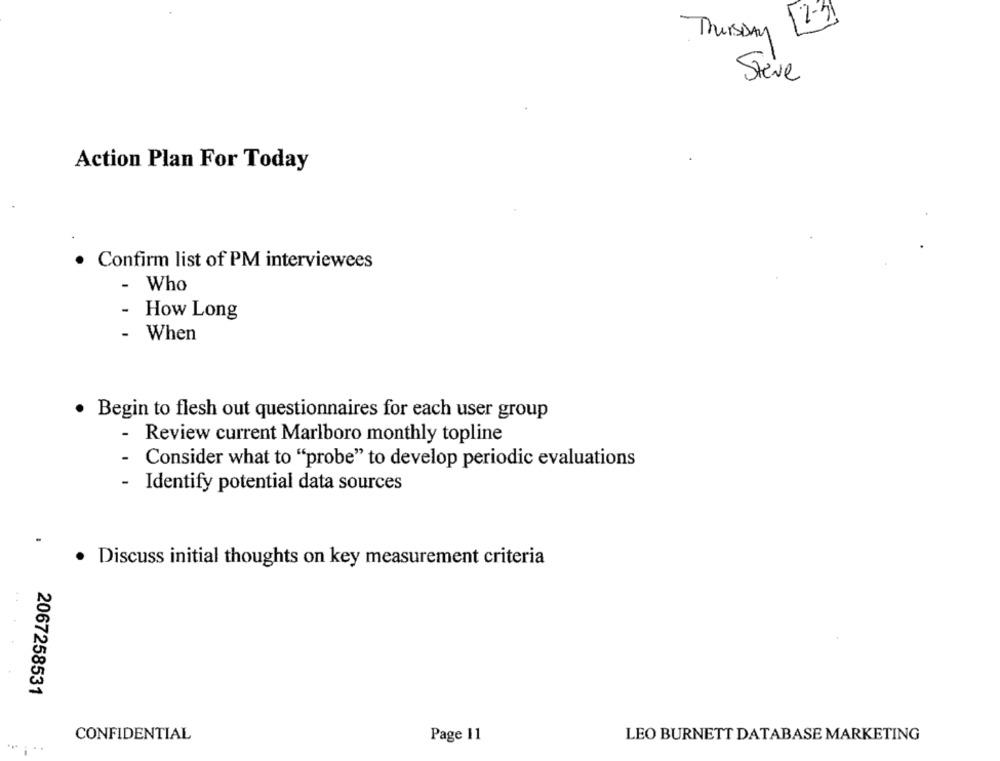
Thursday
Steve
Action Plan For Today
· Confirm list of PM interviewees
- Who
- How Long
- When
· Begin to flesh out questionnaires for each user group
- Review current Marlboro monthly topline
- Consider what to "probe" to develop periodic evaluations
- Identify potential data sources
Discuss initial thoughts on key measurement criteria
2067258531
CONFIDENTIAL
Page 11
LEO BURNETT DATABASE MARKETING